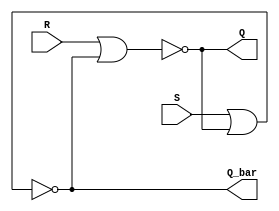
module sr_latch (
    input wire S,
    input wire R,
    output wire Q,
    output wire Q_bar
);

wire Q_int, Q_bar_int;

assign Q_int = ~(R | Q_bar_int);
assign Q_bar_int = ~(S | Q_int);
assign Q = Q_int;
assign Q_bar = Q_bar_int;
    
endmodule